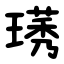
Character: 璓